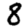
Digit: 8